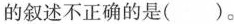
的叙述不正确的是( )。